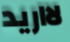
لااريد